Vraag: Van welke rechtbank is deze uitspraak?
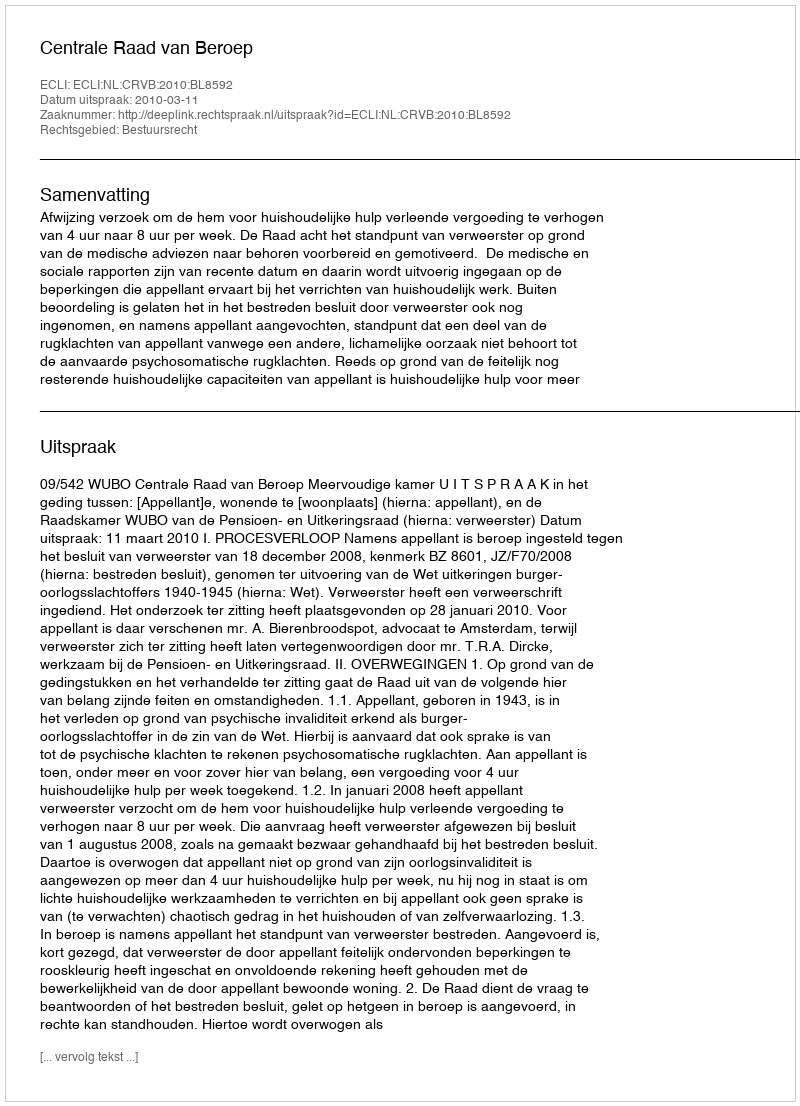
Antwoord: Centrale Raad van Beroep